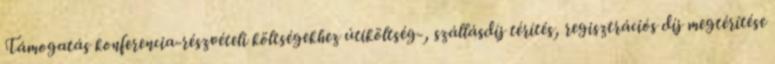
Támogatás konferencia-részvételi költségekhez útiköltség-, szállásdíj térítés, regisztrációs díj megtérítése